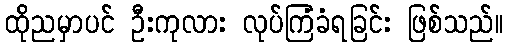
ထိုညမှာပင် ဦးကုလား လုပ်ကြံခံရခြင်း ဖြစ်သည်။